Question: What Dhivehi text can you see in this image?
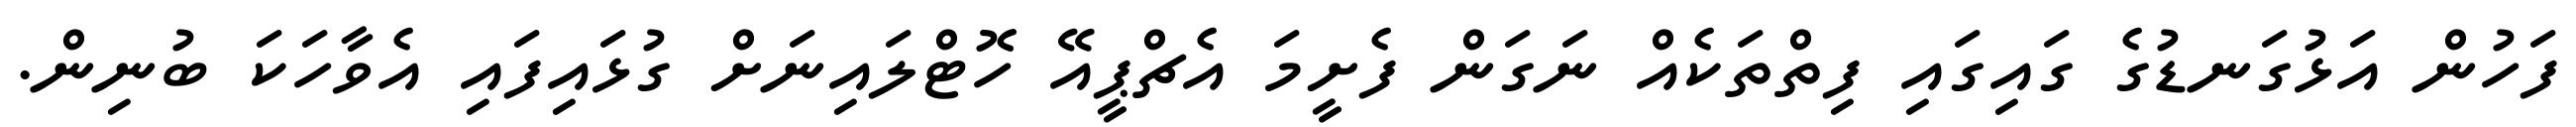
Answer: ފަހުން އަޅުގަނޑުގެ ގައިގައި ފިތްތަކެއް ނަގަން ފެށީމަ އެޗްޕީއޭ ހޮޓްލައިނަށް ގުޅައިފައި އެވާހަކަ ބުނިން.